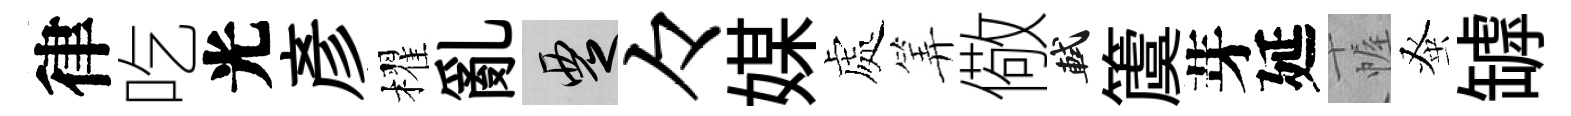
律吃光彥櫂亂覂々媒處筭儆軾𥵂芽延幄𫊫罅